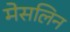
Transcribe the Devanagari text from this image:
मेसलिन